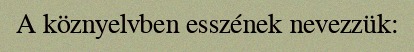
A köznyelvben esszének nevezzük: